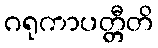
ဂရုကာပတ္တီတိ